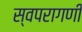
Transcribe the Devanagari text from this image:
स्वपरागणी